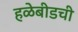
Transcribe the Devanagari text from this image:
हळेबीडची